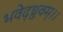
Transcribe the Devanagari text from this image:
भवेद्ध्रुवम्।।